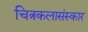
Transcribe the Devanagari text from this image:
चित्रकलासंस्कार